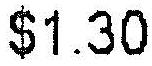
$1.30